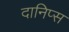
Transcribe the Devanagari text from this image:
दानिप्स